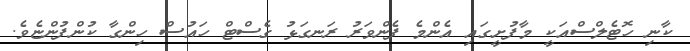
ކާނި ހޮޓެލްސްއަކީ މާފުށީގައި އެންމެ ފެންވަރު ރަނގަޅު ގެސްޓް ހައުސް ހިންގާ ކުންފުންޏެވެ.